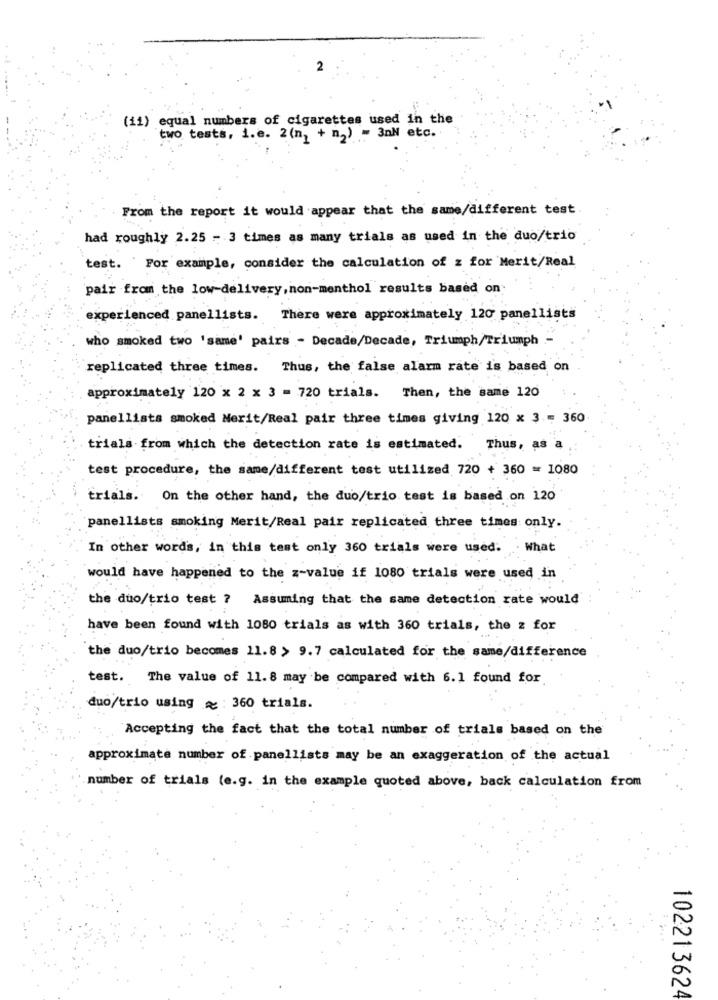
2
(11) equal numbers of cigarettes used in the
two tests, i.e. 2 (n, + n.) = 3nN etc.
From the report it would appear that the same/different test.
had roughly 2.25 - 3 times as many trials as used in the duo/trio
test. ' For example, consider the calculation of z for Merit/Real
pair from the low-delivery, non-menthol results based on
experienced panellists. There were approximately 120 panellists
who smoked two 'same' pairs - Decade/Decade, Triumph/Triumph -
replicated three times. Thus, the false alarm rate is based on
approximately 120 x 2 x 3 = 720 trials. Then, the same 120
panellists smoked Nerit/Real pair three times giving 120 x 3 = 360
trials from which the detection rate is estimated. Thus, as a
test procedure, the same/different test utilized 720 + 360 = 1080
trials. On the other hand, the duo/trio test is based on 120
panellists smoking Merit/Real pair replicated three times: only.
In other words, in this test only 360 trials were used.
What
would have happened to the z-value if 1080 trials were used in
the duo/trio test ? Assuming that the same detection rate would
have been found with 1080 trials as with 360 trials, the z for
the duo/trio becomes 11.8 > 9.7 calculated for the same/difference
test. The value of 11. 8 may be compared with 6.1 found for
duo/trio using : 360 trials.
Accepting the fact that the total number of trials based on the
approximate number of panellists may be an exaggeration of the actual
number of trials (e.g. in the example quoted above, back calculation from
102213624